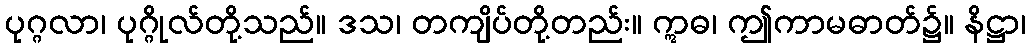
ပုဂ္ဂလာ၊ ပုဂ္ဂိုလ်တို့သည်။ ဒသ၊ တကျိပ်တို့တည်း။ ဣဓ၊ ဤကာမဓာတ်၌။ နိဋ္ဌာ၊